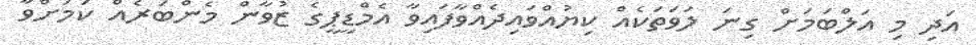
އަދި މި އަލްބަމަށް ގިނަ ލަވަތަކެއް ކިޔުއްވައިދެއްވާފައިވާ އެމްޑީޕީގެ ޒުވާން މެންބަރެއް ކަމަށްވާ